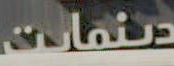
دینمایت